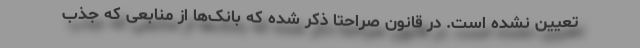
تعیین نشده است. در قانون صراحتا ذکر شده که بانک‌ها از منابعی که جذب